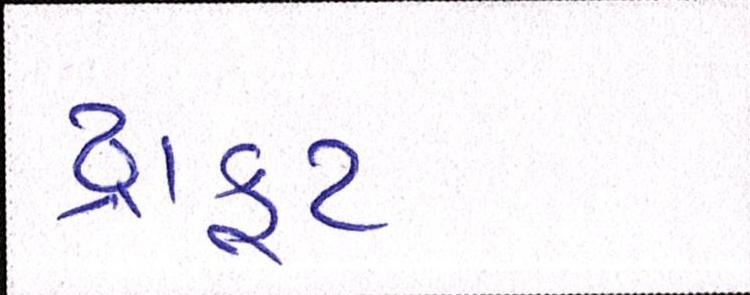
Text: ડ્રાફ્ટ